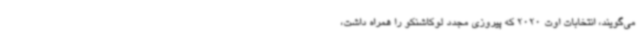
می‌گویند، انتخابات اوت 2020 که پیروزی مجدد لوکاشنکو را همراه داشت،